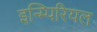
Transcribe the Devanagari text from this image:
इन्म्पिरियल